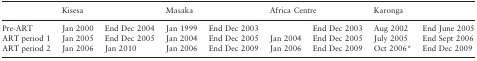
<table><thead><tr><td></td><td colspan="2"><b>Kisesa</b></td><td colspan="2"><b>Masaka</b></td><td colspan="2"><b>Africa Centre</b></td><td colspan="2"><b>Karonga</b></td></tr></thead><tbody><tr><td>Pre-ART</td><td>Jan 2000</td><td>End Dec 2004</td><td>Jan 1999</td><td>End Dec 2003</td><td></td><td>End Dec 2003</td><td>Aug 2002</td><td>End June 2005</td></tr><tr><td>ART period 1</td><td>Jan 2005</td><td>End Dec 2005</td><td>Jan 2004</td><td>End Dec 2005</td><td>Jan 2004</td><td>End Dec 2005</td><td>July 2005</td><td>End Sept 2006</td></tr><tr><td>ART period 2</td><td>Jan 2006</td><td>Jan 2010</td><td>Jan 2006</td><td>End Dec 2009</td><td>Jan 2006</td><td>End Dec 2009</td><td>Oct 2006*</td><td>End Dec 2009</td></tr></tbody></table>